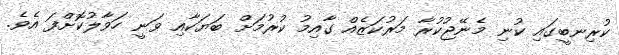
ކުރިނބީގައި ކުނި މެނޭޖުކުރާ މަރުކަޒެއް ގާއިމު ކުރުމަށް ބަޔަކާއި ވަނީ ހަވާލުކޮށްފަ އެވެ.